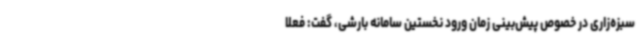
سبزه‌زاری در خصوص پیش‌بینی زمان ورود نخستین سامانه بارشی، گفت: فعلا